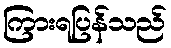
ကြားရပြန်သည်